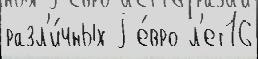
разл'и́чных j е́вро л'ет16